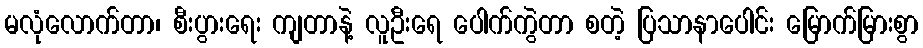
မလုံလောက်တာ၊ စီးပွားရေး ကျတာနဲ့ လူဦးရေ ပေါက်ကွဲတာ စတဲ့ ပြသာနာပေါင်း မြောက်မြားစွာ